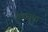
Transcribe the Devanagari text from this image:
चक्रनुमा